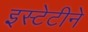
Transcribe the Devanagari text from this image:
इस्टेटीने